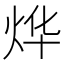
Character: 烨